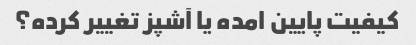
کیفیت پایین امده یا آشپز تغییر کرده؟